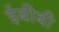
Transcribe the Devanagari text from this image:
ईबीबी